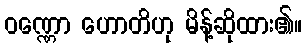
ဝဏ္ဏော ဟောတိဟု မိန့်ဆိုထား၏။